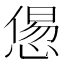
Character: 𢞫